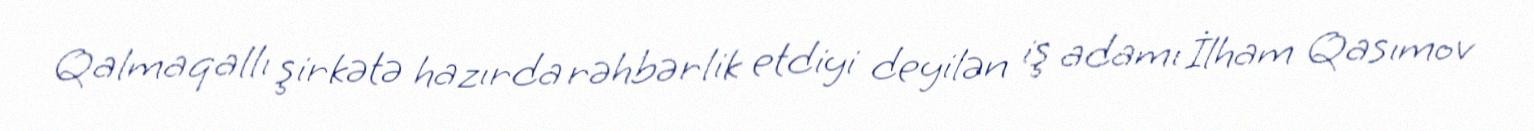
Qalmaqallı şirkətə hazırda rəhbərlik etdiyi deyilən iş adamı İlham Qasımov